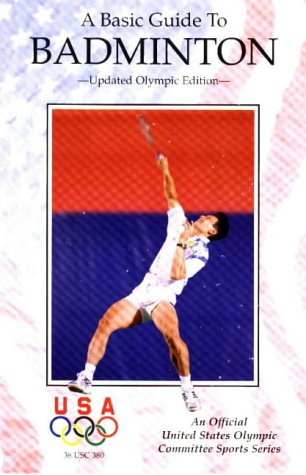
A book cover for A Basic Guide to Badminton (Official Us Olympic Sports Series); Griffin Publishing; Sports & Outdoors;